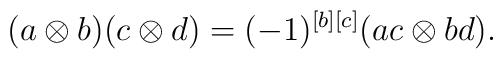
(a\otimes b)(c\otimes d)=(-1)^{[b][c]}(ac\otimes bd).